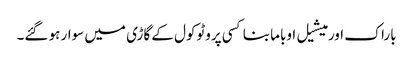
باراک اور میشیل اوباما بنا کسی پروٹوکول کے گاڑی میں سوار ہو گئے۔